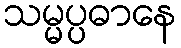
သမ္မပ္ပဓာနေ